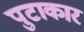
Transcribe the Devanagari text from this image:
पुटाकार